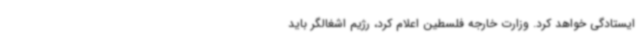
ایستادگی خواهد کرد. وزارت خارجه فلسطین اعلام کرد، رژیم اشغالگر باید